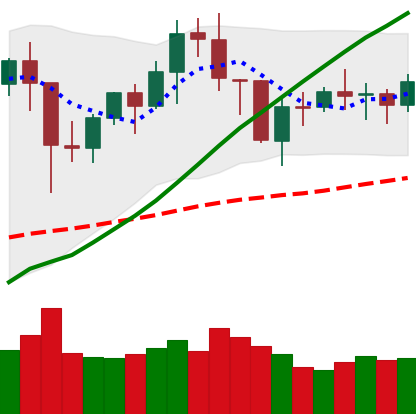
Ticker: BNB-USD
Chart end date: 2021-01-28
Forward return: 20.051%
Label: up_7plus